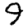
Digit: 9